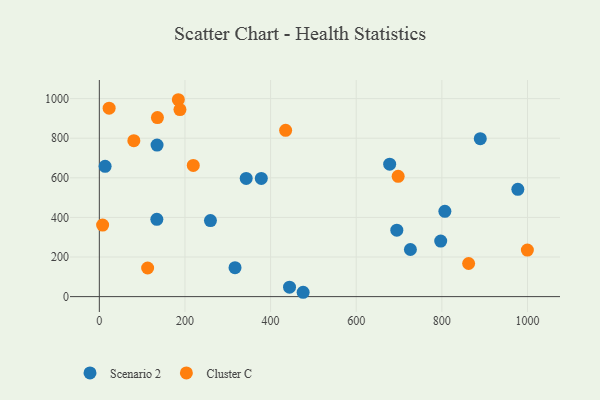
{"axis": {"x": "Price", "y": "Profit"}, "legend": ["Cluster C", "Scenario 2"], "data": [{"x": "316.9", "y": 146.1, "type": "Scenario 2"}, {"x": "134.3", "y": 390.4, "type": "Scenario 2"}, {"x": "13.5", "y": 658.2, "type": "Scenario 2"}, {"x": "444.2", "y": 47.7, "type": "Scenario 2"}, {"x": "797.3", "y": 280.5, "type": "Scenario 2"}, {"x": "378.3", "y": 596.8, "type": "Scenario 2"}, {"x": "476.0", "y": 21.9, "type": "Scenario 2"}, {"x": "343.0", "y": 597.1, "type": "Scenario 2"}, {"x": "259.5", "y": 384.0, "type": "Scenario 2"}, {"x": "694.8", "y": 335.6, "type": "Scenario 2"}, {"x": "678.1", "y": 668.7, "type": "Scenario 2"}, {"x": "726.5", "y": 237.9, "type": "Scenario 2"}, {"x": "807.0", "y": 430.6, "type": "Scenario 2"}, {"x": "977.4", "y": 542.0, "type": "Scenario 2"}, {"x": "134.8", "y": 765.6, "type": "Scenario 2"}, {"x": "889.7", "y": 797.8, "type": "Scenario 2"}, {"x": "697.9", "y": 607.6, "type": "Cluster C"}, {"x": "184.5", "y": 994.4, "type": "Cluster C"}, {"x": "999.7", "y": 235.2, "type": "Cluster C"}, {"x": "112.8", "y": 144.4, "type": "Cluster C"}, {"x": "188.3", "y": 944.7, "type": "Cluster C"}, {"x": "80.6", "y": 787.6, "type": "Cluster C"}, {"x": "135.7", "y": 904.2, "type": "Cluster C"}, {"x": "862.5", "y": 167.3, "type": "Cluster C"}, {"x": "219.4", "y": 662.4, "type": "Cluster C"}, {"x": "22.9", "y": 951.6, "type": "Cluster C"}, {"x": "435.1", "y": 840.0, "type": "Cluster C"}, {"x": "7.7", "y": 361.1, "type": "Cluster C"}]}